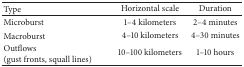
| Type | Horizontal scale | Duration |
 | --- | --- | --- |
 | Microburst | 1–4 kilometers | 2–4 minutes |
 | Macroburst | 4–10 kilometers | 4–30 minutes |
 | Outflows (gust fronts, squall lines) | 10–100 kilometers | 1–10 hours |